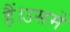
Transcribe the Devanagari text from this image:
हैं।उसमें